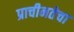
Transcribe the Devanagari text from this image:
प्राचीनतेचा